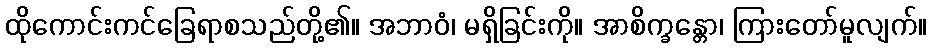
ထိုကောင်းကင်ခြေရာစသည်တို့၏။ အဘာဝံ၊ မရှိခြင်းကို။ အာစိက္ခန္တော၊ ကြားတော်မူလျက်။